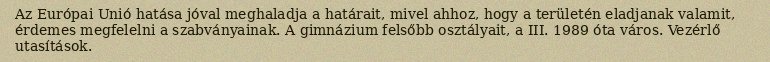
Az Európai Unió hatása jóval meghaladja a határait, mivel ahhoz, hogy a területén eladjanak valamit, érdemes megfelelni a szabványainak. A gimnázium felsőbb osztályait, a III. 1989 óta város. Vezérlő utasítások.